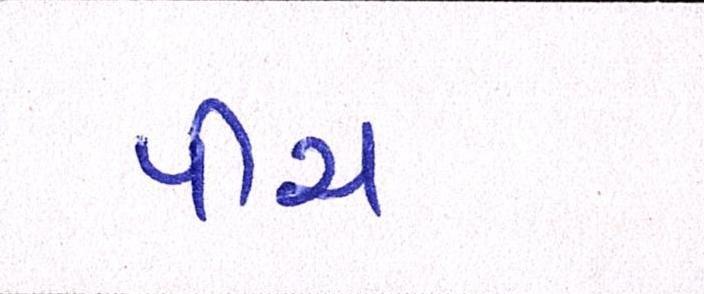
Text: પીચ